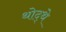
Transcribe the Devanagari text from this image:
थोद्थे